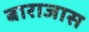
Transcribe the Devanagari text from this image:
बाराजास